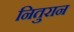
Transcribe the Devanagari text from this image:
नितुरान